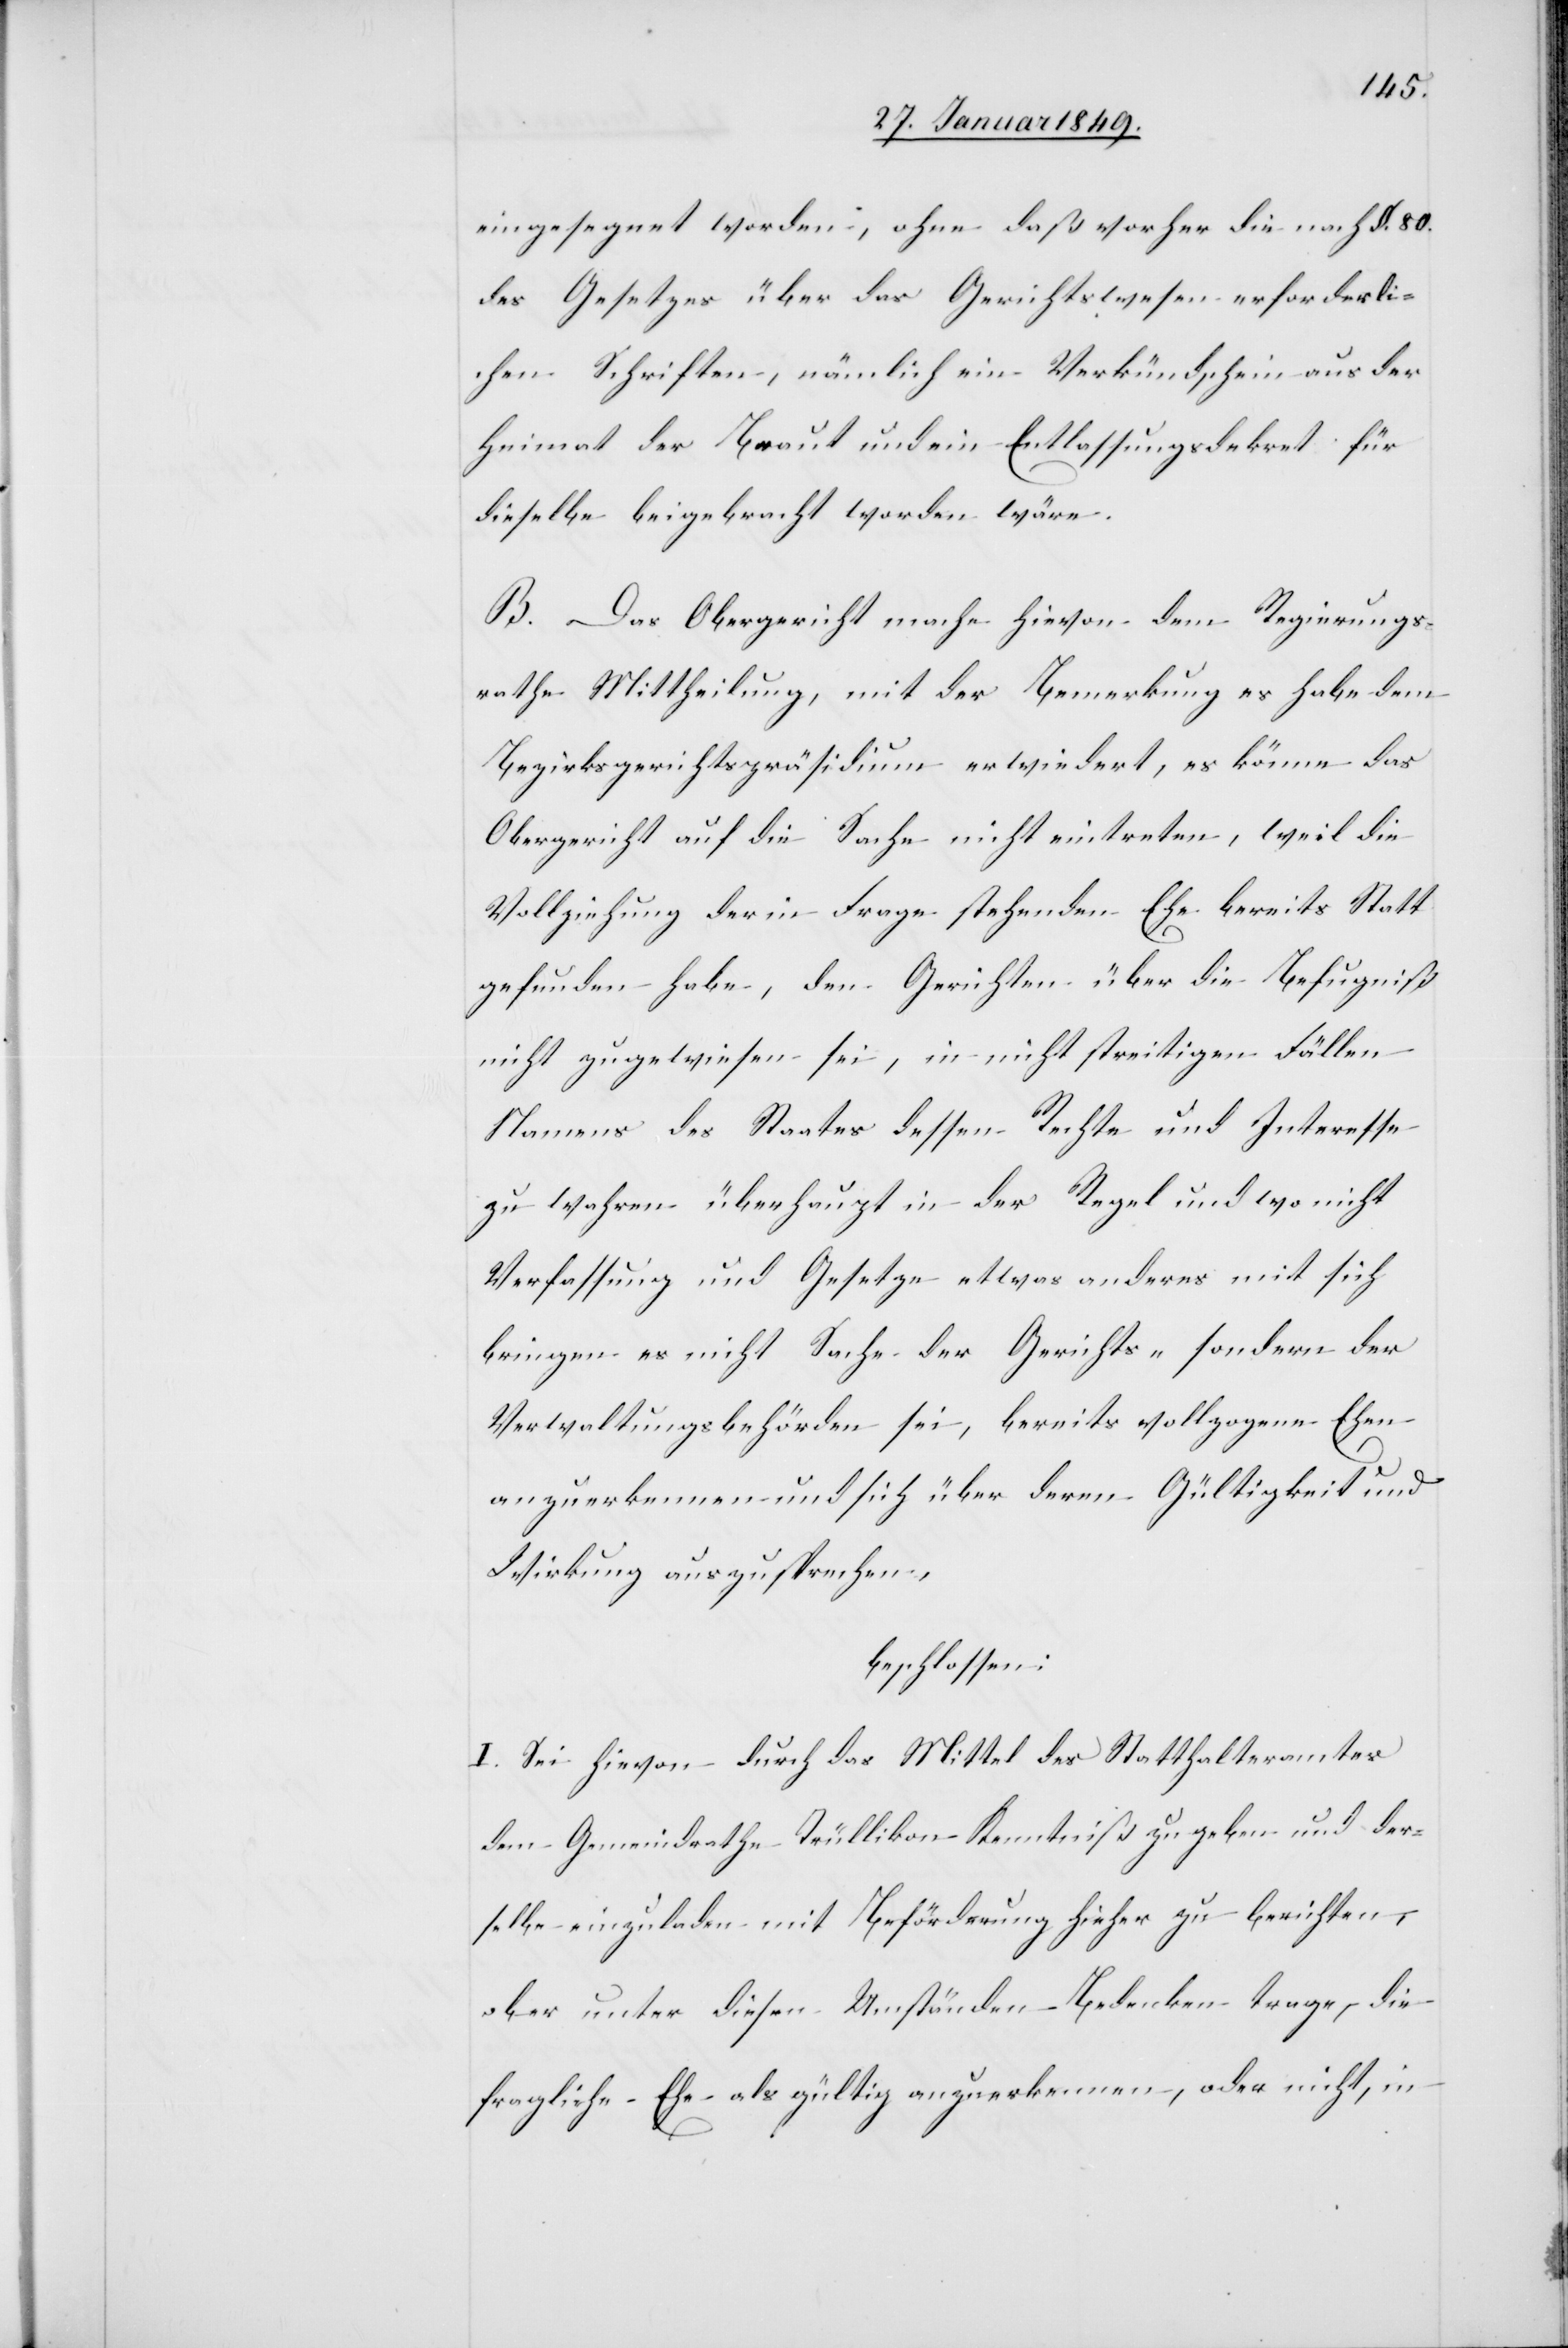
eingesegnet worden, ohne daß vorher die nach §. 80.
des Gesetzes über das Gerichtswesen erforderli¬
chen Schriften, nämlich ein Verkündschein aus der
Heimat der Braut und ein Entlassungsdekret für
dieselbe beigebracht worden wäre.
B. Das Obergericht mache hievon dem Regierungs¬
rathe Mittheilung, mit der Bemerkung es habe dem
Bezirksgerichtspräsidium erwiedert, es könne das
Obergericht auf die Sache nicht eintreten, weil die
Vollziehung der in Frage stehenden Ehe bereits Statt
gefunden habe, den Gerichten über [sic!] die Befugniß
nicht zugewiesen sei, in nicht streitigen Fällen
Namens des Staates dessen Rechte und Interesse
zu wahren überhaupt in der Regel und wo nicht
Verfassung und Gesetze etwas anderes mit sich
bringen es nicht Sache der Gerichts- sondern der
Verwaltungsbehörden sei, bereits vollzogene Ehen
anzuerkennen und sich über deren Gültigkeit und
Wirkung auszusprechen,
beschlossen:
I. Sei hievon durch das Mittel des Statthalteramtes
dem Gemeindrathe Trüllikon Kenntniß zu geben und der¬
selbe einzuladen mit Beförderung hieher zu berichten,
ob er unter diesen Umständen Bedenken trage, die
fragliche Ehe als gültig anzuerkennen, oder nicht, in